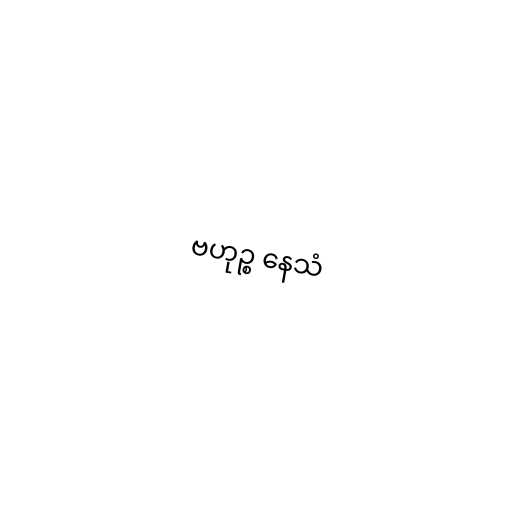
ဗဟုဉ္စ နေသံ